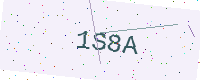
Text: 1S8A